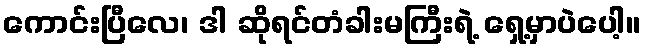
ကောင်းပြီလေ၊ ဒါ ဆိုရင်တံခါးမကြီးရဲ့ ရှေ့မှာပဲပေါ့။